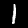
Digit: 1